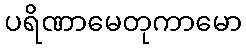
ပရိဏာမေတုကာမော